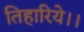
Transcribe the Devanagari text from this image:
तिहारिये।।